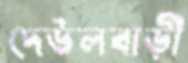
দেউলবাড়ী